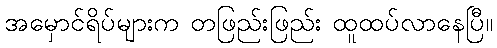
အမှောင်ရိပ်များက တဖြည်းဖြည်း ထူထပ်လာနေပြီ။